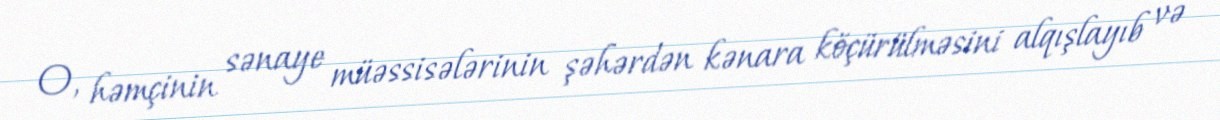
O, həmçinin sənaye müəssisələrinin şəhərdən kənara köçürülməsini alqışlayıb və